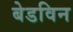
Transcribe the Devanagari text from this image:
बेडविन